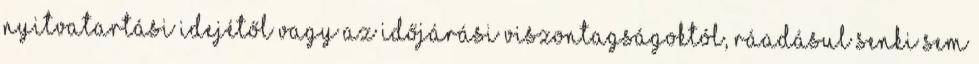
nyitvatartási idejétől vagy az időjárási viszontagságoktól, ráadásul senki sem